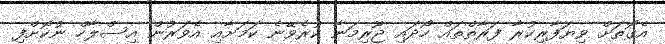
އެގޮތަށް ވިޔަފާރިކުރާ ފަރާތްތައް ހޯދައި ޖޫރިމަނާ ކުރެވޭނެ ކަމަށާއި އެވަރުން އިސްލާހް ނުކޮށްފި